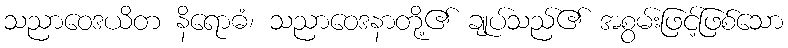
သညာဝေဒယိတ နိရောဓံ၊ သညာဝေဒနာတို့၏ ချုပ်သည်၏ အစွမ်းဖြင့်ဖြစ်သော